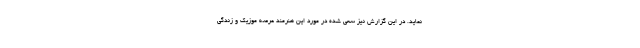
نماید. در این گزارش نیز سعی شده در مورد این هنرمند عرصه موزیک و زندگی